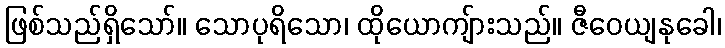
ဖြစ်သည်ရှိသော်။ သောပုရိသော၊ ထိုယောကျ်ားသည်။ ဇီဝေယျနုခေါ၊